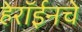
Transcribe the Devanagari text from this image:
हेरॉईनचे